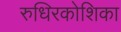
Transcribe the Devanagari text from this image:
रुधिरकोशिका